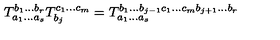
T _ { a _ { 1 } \ldots a _ { s } } ^ { b _ { 1 } \ldots b _ { r } } T _ { b _ { j } } ^ { c _ { 1 } \ldots c _ { m } } = T _ { a _ { 1 } \ldots a _ { s } } ^ { b _ { 1 } \ldots b _ { j - 1 } c _ { 1 } \ldots c _ { m } b _ { j + 1 } \ldots b _ { r } }